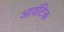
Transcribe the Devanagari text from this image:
आवंटिक